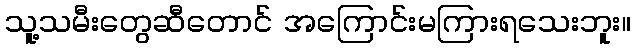
သူ့သမီးတွေဆီတောင် အကြောင်းမကြားရသေးဘူး။